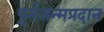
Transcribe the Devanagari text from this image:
पुर्नजन्मप्रदान